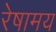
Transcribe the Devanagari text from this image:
रेषामय